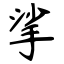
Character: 挲